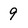
Character: 9